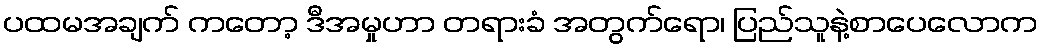
ပထမအချက် ကတော့ ဒီအမှုဟာ တရားခံ အတွက်ရော၊ ပြည်သူနဲ့စာပေလောက